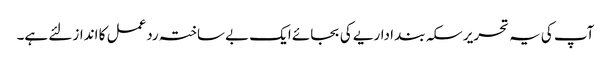
آپ کی یہ تحریر سکہ بند اداریے کی بجائے ایک بے ساختہ ردعمل کا انداز لئے ہے۔